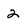
Character: 2